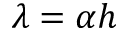
\lambda = \alpha h